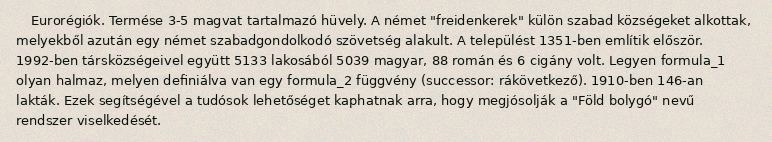
Eurorégiók. Termése 3-5 magvat tartalmazó hüvely. A német "freidenkerek" külön szabad községeket alkottak, melyekből azután egy német szabadgondolkodó szövetség alakult. A települést 1351-ben említik először. 1992-ben társközségeivel együtt 5133 lakosából 5039 magyar, 88 román és 6 cigány volt. Legyen formula_1 olyan halmaz, melyen definiálva van egy formula_2 függvény (successor: rákövetkező). 1910-ben 146-an lakták. Ezek segítségével a tudósok lehetőséget kaphatnak arra, hogy megjósolják a "Föld bolygó" nevű rendszer viselkedését.